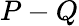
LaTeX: P-Q